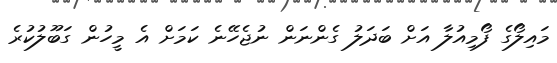
މައިލޯގެ ފޯމިއުލާ އަށް ބަދަލު ގެންނަން ނުޖެހޭނެ ކަމަށް އެ މީހުން ގަބޫލުކުރެ